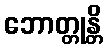
ဘောတ္တုန္တိ